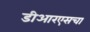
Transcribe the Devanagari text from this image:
डीआरएसचा